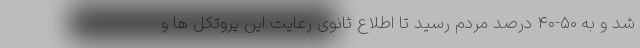
شد و به ۵۰-۴۰ درصد مردم رسید تا اطلاع ثانوی رعایت این پروتکل ها و